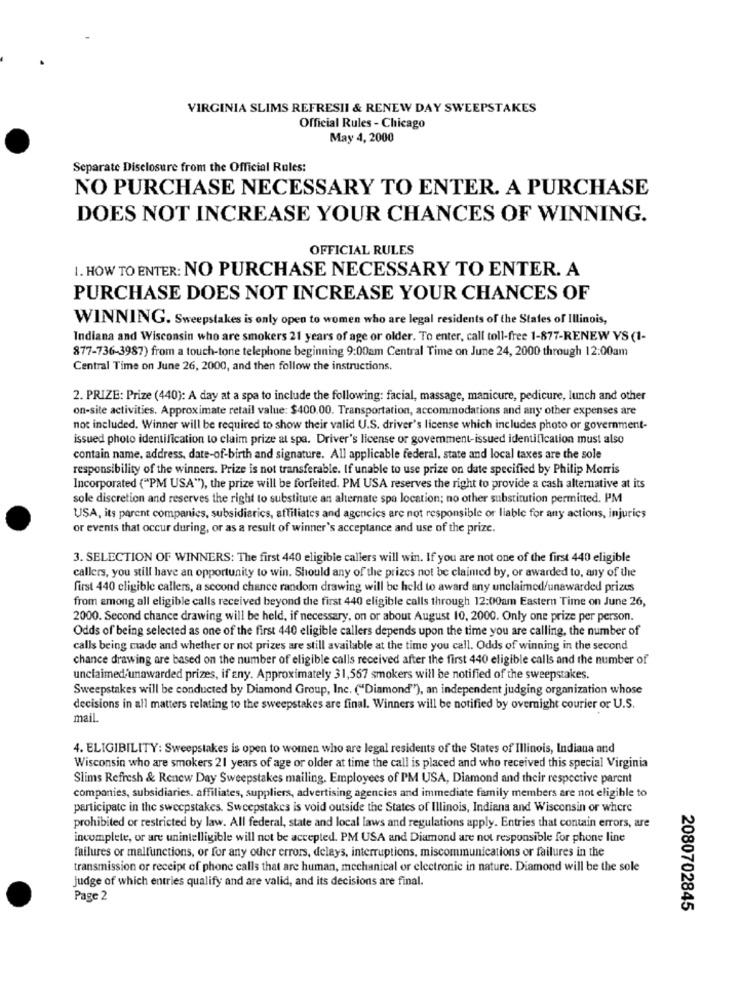
VIRGINIA SLIMS REFRESII & RENEW DAY SWEEPSTAKES
Official Rules - Chicago
May 4, 2000
Separate Disclosure from the Official Rules:
NO PURCHASE NECESSARY TO ENTER. A PURCHASE
DOES NOT INCREASE YOUR CHANCES OF WINNING.
OFFICIAL RULES
1. HOW TO ENTER: NO PURCHASE NECESSARY TO ENTER. A
PURCHASE DOES NOT INCREASE YOUR CHANCES OF
WINNING. Sweepstakes is only open to women who are legal residents of the States of Illinois,
Indiana and Wisconsin who are smokers 21 years of age or older. To enter, call toll-free 1-877-RENEW VS (1-
877-736-3987) from a touch-tone telephone beginning 9:00am Central Time on June 24, 2000 through 12:00am
Central Time on June 26, 2000, and then follow the instructions.
2. PRIZE: Prize (440): A day at a spa to include the following: facial, massage, manicure, pedicure, lunch and other
on-site activities. Approximate retail value: $400.00. Transportation, accommodations and any other expenses are
not included. Winner will be required to show their valid U.S. driver's license which includes photo or government-
issued photo identification to claim prize at spa. Driver's license or government-issued identification must also
contain name, address, date-of-birth and signature. All applicable federal, state and local taxes are the sole
responsibility of the winners. Prize is not transferable. If unable to use prize on date specified by Philip Morris
Incorporated ("PM USA"), the prize will be forfeited. PM USA reserves the right to provide a cash alternative at its
sole discretion and reserves the right to substitute an alternate spa location; no other substitution permitted. PM
USA, its parent companies, subsidiarics, affiliates and agencies are not responsible or liable for any actions, injuries
or events that occur during, or as a result of winner's acceptance and use of the prize.
3. SELECTION OF WINNERS: The first 440 eligible callers will win. If you are not one of the first 440 eligible
callers, you still have an opportunity to win. Should any of the prizes not be claimed by, or awarded to, any of the
first 440 eligible callers, a second chance random drawing will be held to award any unclaimed/unawarded prizus
from among all eligible calls received beyond the first 440 eligible calls through 12:00am Eastern Time on June 26,
2000. Second chance drawing will be held, if necessary, on or about August 10, 2000. Only one prize per person.
Odds of being selected as one of the first 440 eligible callers depends upon the time you are calling, the number of
calls being made and whether or not prizes are still available at the time you call. Odds of winning in the second
chance drawing are based on the number of eligible calls received after the first 440 eligible calls and the number of
unclaimed unawarded prizes, if any. Approximately 31,567 smokers will be notified of the sweepstakes.
Sweepstakes will be conducted by Diamond Group, Inc. ("Diamond"), an independent judging organization whose
decisions in all matters relating to the sweepstakes are final. Winners will be notified by overnight courier or U.S.
mail.
4. ELIGIBILITY: Sweepstakes is open to women who are legal residents of the States of Illinois, Indiana and
Wisconsin who are smokers 21 years of age or older at time the call is placed and who received this special Virginia
Slims Refresh & Renew Day Sweepstakes mailing. Employees of PM USA, Diamond and their respective parent
companies, subsidiaries. affiliates, suppliers, advertising agencies and immediate family members are not eligible to
participate in the sweepstakes. Sweepstakes is void outside the States of Illinois, Indiana and Wisconsin or where
prohibited or restricted by law. All federal, state and local laws and regulations apply. Entries that contain errors, are
incomplete, or are unintelligible will not be accepted. PM USA and Diamond are not responsible for phone line
failures or malfunctions, or for any other errors, delays, interruptions, miscommunications or failures in the
transmission or receipt of phone calls that are human, mechanical or electronic in nature. Diamond will be the sole
judge of which entries qualify and are valid, and its decisions are final.
Page 2
2080702845